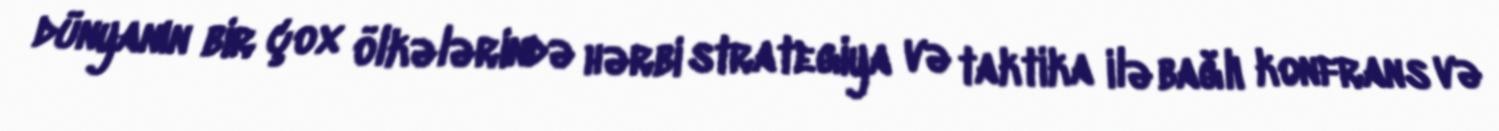
dünyanın bir çox ölkələrində hərbi strategiya və taktika ilə bağlı konfrans və